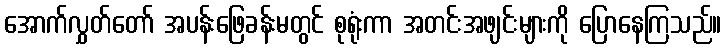
အောက်လွှတ်တော် အပန်းဖြေခန်းမတွင် စုရုံးကာ အတင်းအဖျင်းများကို ပြောနေကြသည်။